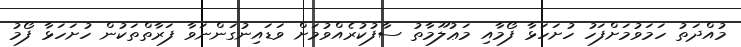
މުއްދަތު ހަމަވުމަށްފަހު ހުށަހަޅާ ފޯމާއި މަޢުލޫމާތު ސާފުކުރެއްވުމަށް ވަޑައިނުގަންނަވާ ފަރާތްތަކުން ހުށަހަޅާ ފޯމު